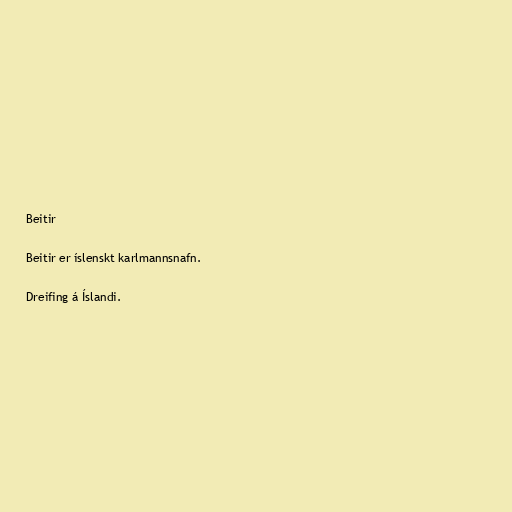
Beitir

Beitir er íslenskt karlmannsnafn.

Dreifing á Íslandi.